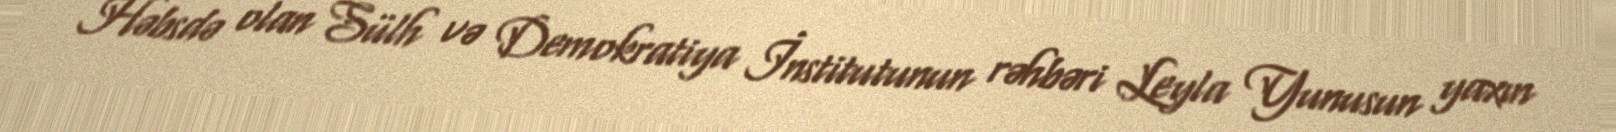
Həbsdə olan Sülh və Demokratiya İnstitutunun rəhbəri Leyla Yunusun yaxın